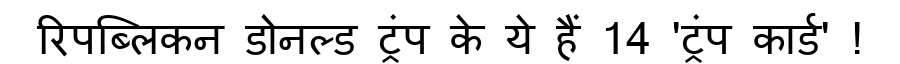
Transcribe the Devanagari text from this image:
रिपब्लिकन डोनल्ड ट्रंप के ये हैं 14 'ट्रंप कार्ड' !